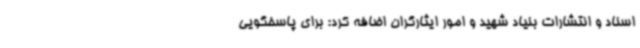
اسناد و انتشارات بنیاد شهید و امور ایثارگران اضافه کرد: برای پاسخگویی